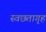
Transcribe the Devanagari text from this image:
स्वछतागृह